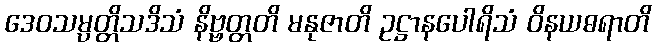
ဒေဝသမ္ပတ္တိသဒိသံ နိဗ္ဗတ္တတိ မနုဇာတိ ဥဋ္ဌာနပေါရိသံ ဝိနယဓရာတိ